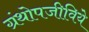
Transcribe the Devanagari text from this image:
ग्रंथोपजीविये